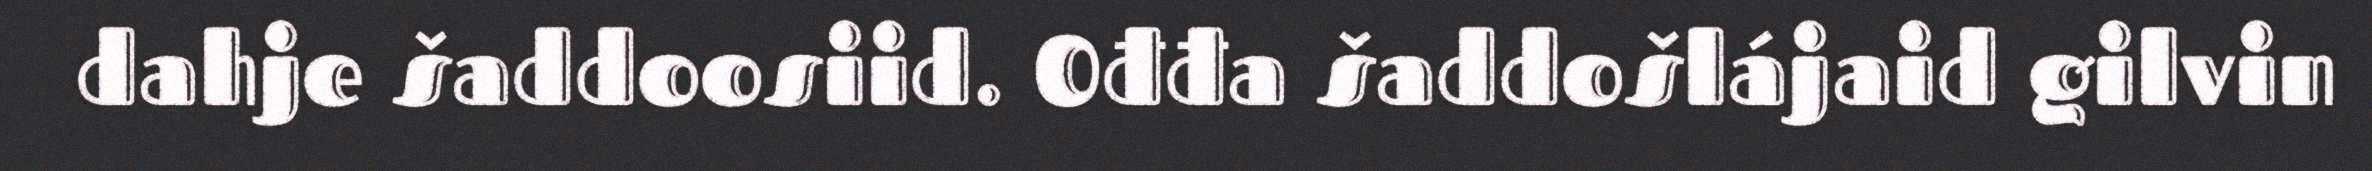
dahje šaddoosiid. Ođđa šaddošlájaid gilvin